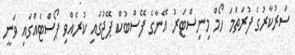
ސަރުކާރުގެ ފުރަތަމަ ހޯމް މިނިސްޓަރު އޭނާގެ ފޭސްބުކް ޕޭޖުގައި ކުރެއްވި ޕޯސްޓެއްގައި ވަނީ